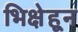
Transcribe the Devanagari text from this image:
भिक्षेहून